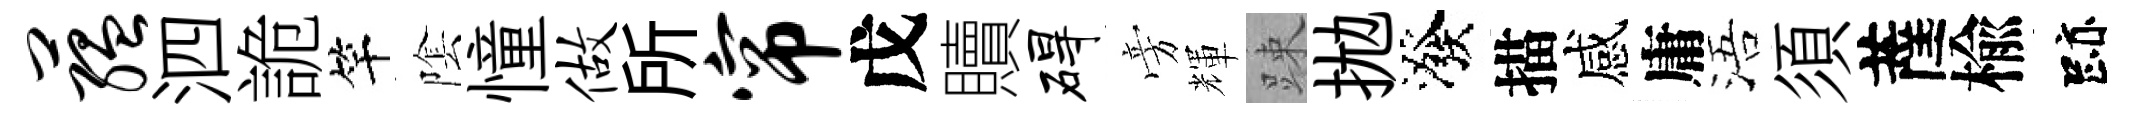
蕴泗詭竿隂憧做所帘戊贖碍旁輝踈拋潑描感庸浯須薩楡跡